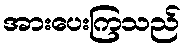
အားပေးကြသည်